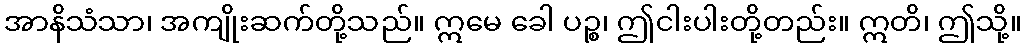
အာနိသံသာ၊ အကျိုးဆက်တို့သည်။ ဣမေ ခေါ ပဉ္စ၊ ဤငါးပါးတို့တည်း။ ဣတိ၊ ဤသို့။